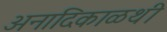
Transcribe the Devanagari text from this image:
अनादिकाळथी